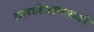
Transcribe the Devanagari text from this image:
कलाशिक्षणासाठी